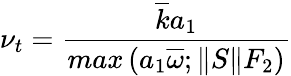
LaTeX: \nu_{t}=\frac{\overline{{k}}a_{1}}{max\left(a_{1}\overline{{\omega}};\left\Vert S\right\Vert F_{2}\right)}